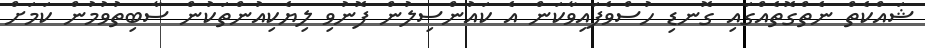
ޝައްކެތް ނެތްގޮތެއްގައި ގޮނޑި ހުސްވެފައިވާކަން އެ ކައުންސިލުން ފޮނުވި ލިޔެކިއުންތަކުން ސާބިތުވުމުން ކަމަށް